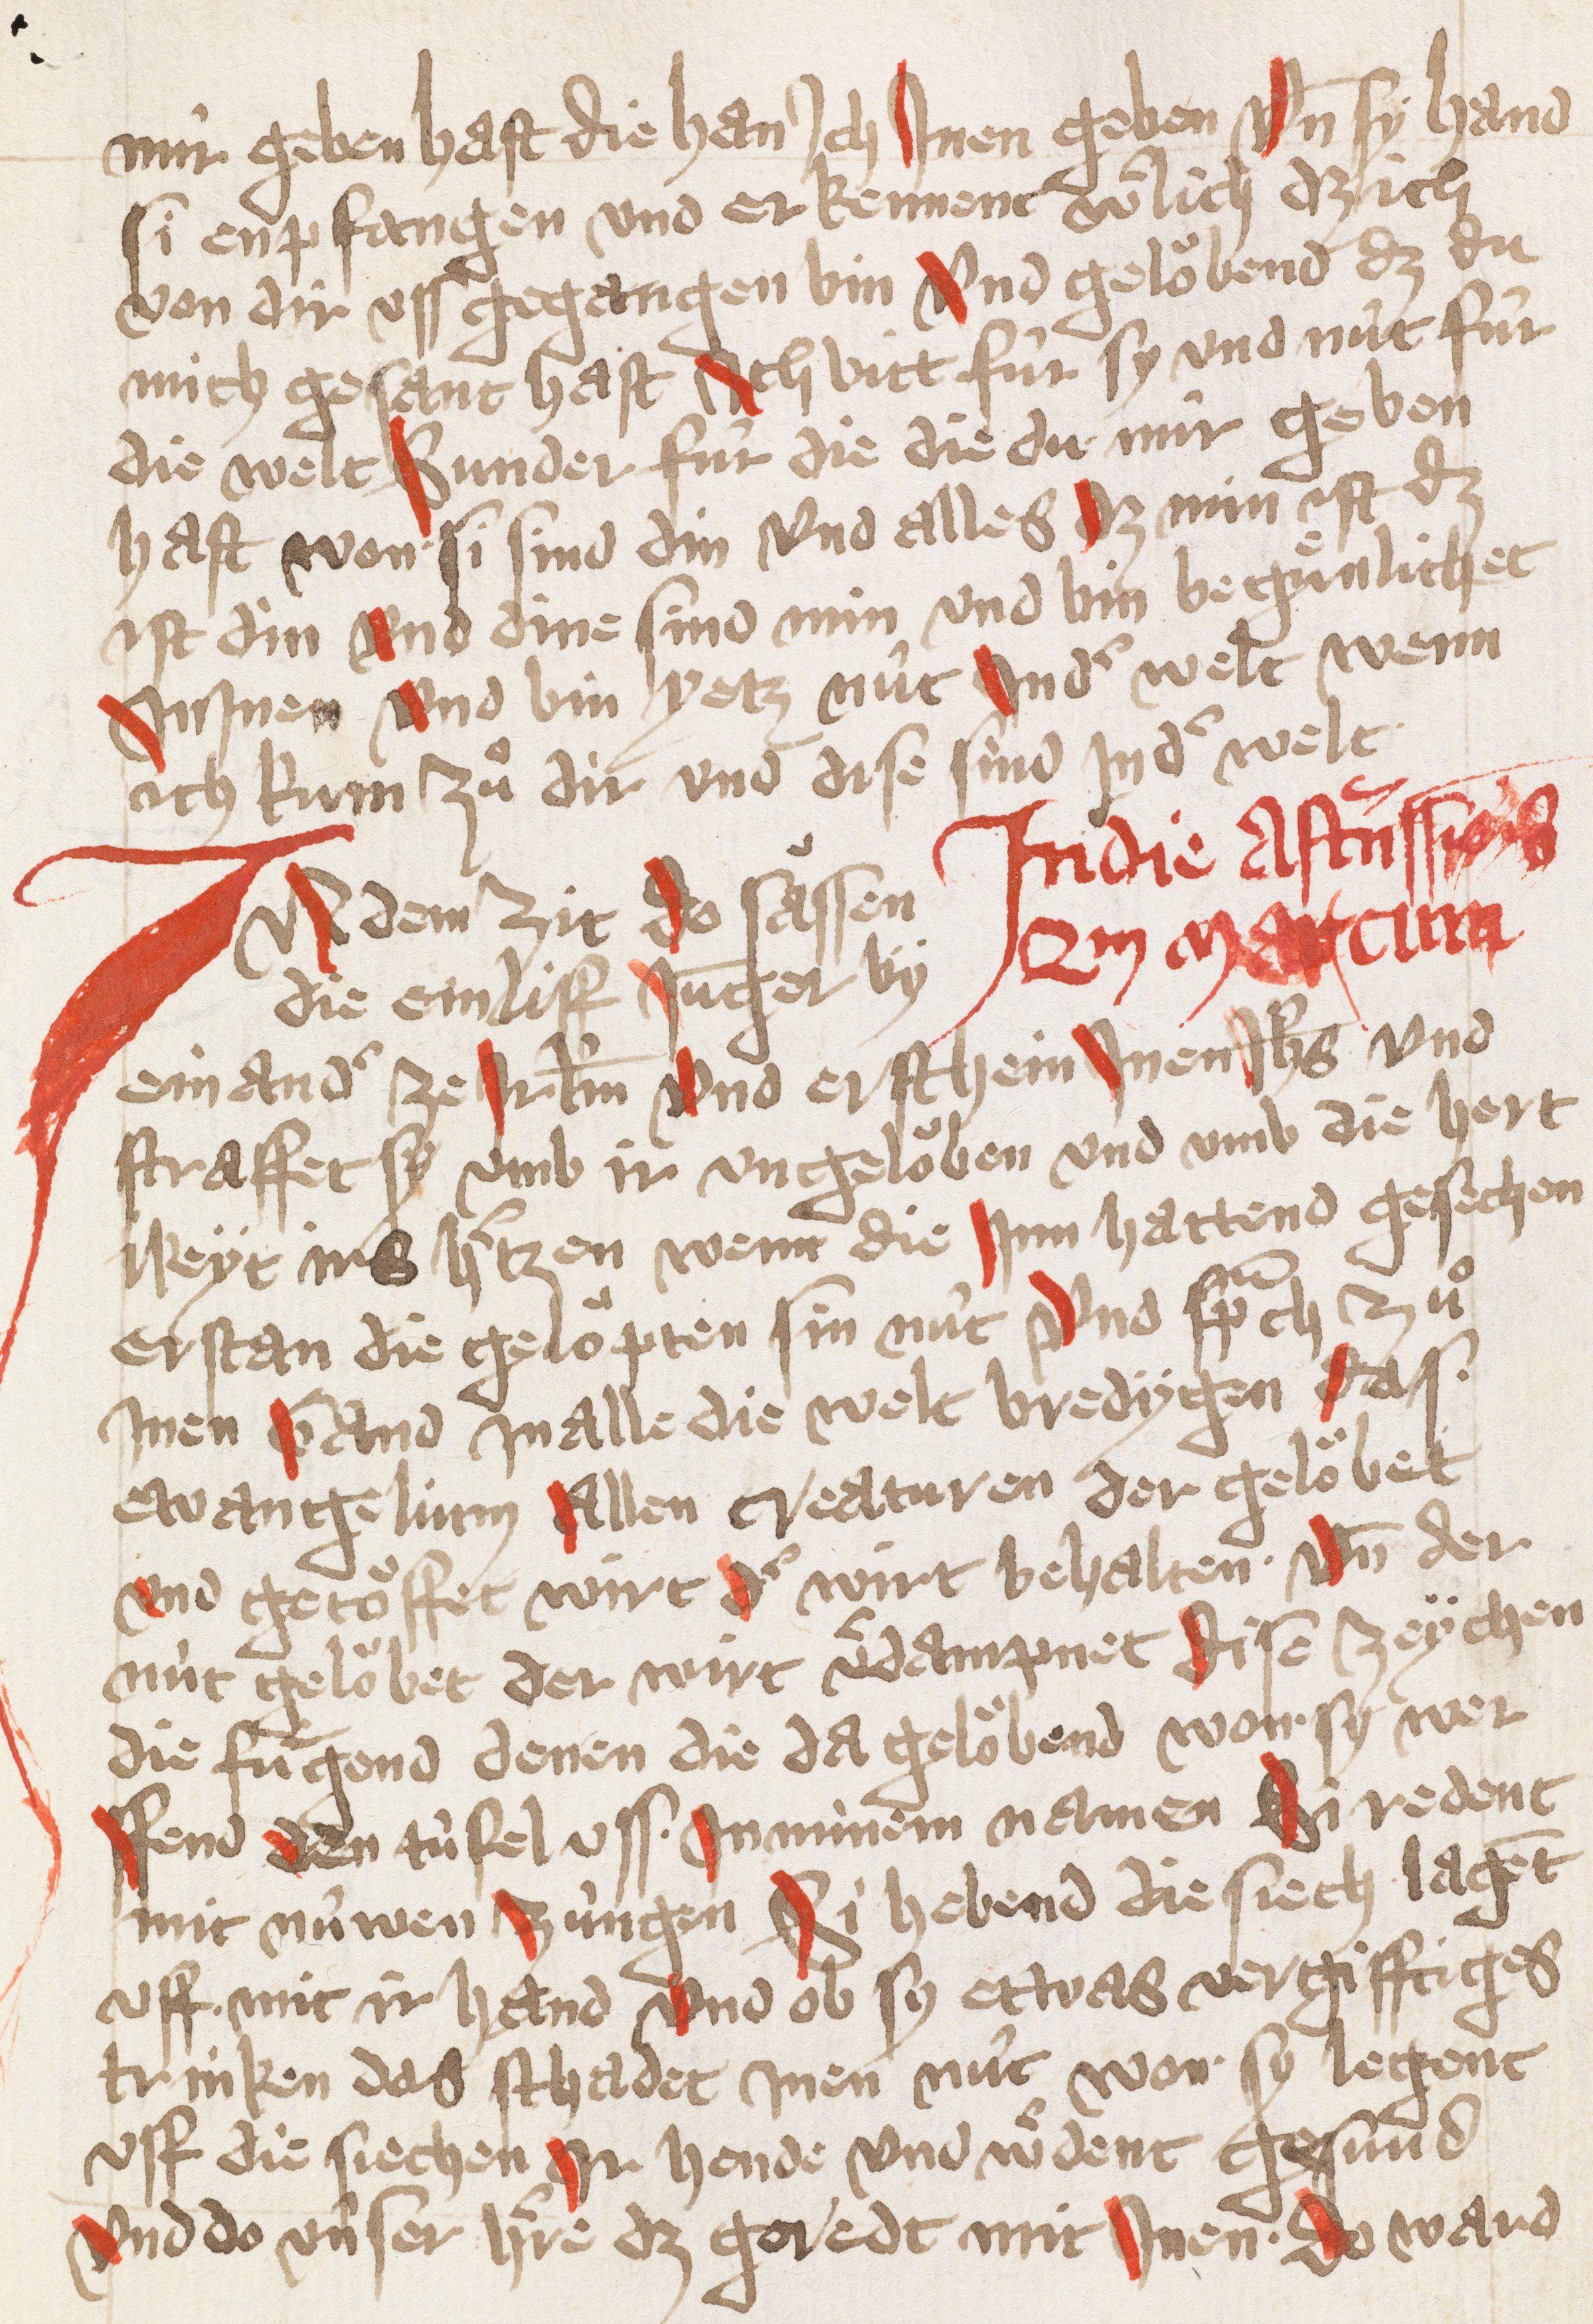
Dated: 1432–1432